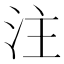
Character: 注